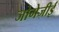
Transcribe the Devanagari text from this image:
जोगेजीई